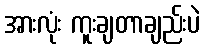
အားလုံး ကူးချတာချည်းပဲ